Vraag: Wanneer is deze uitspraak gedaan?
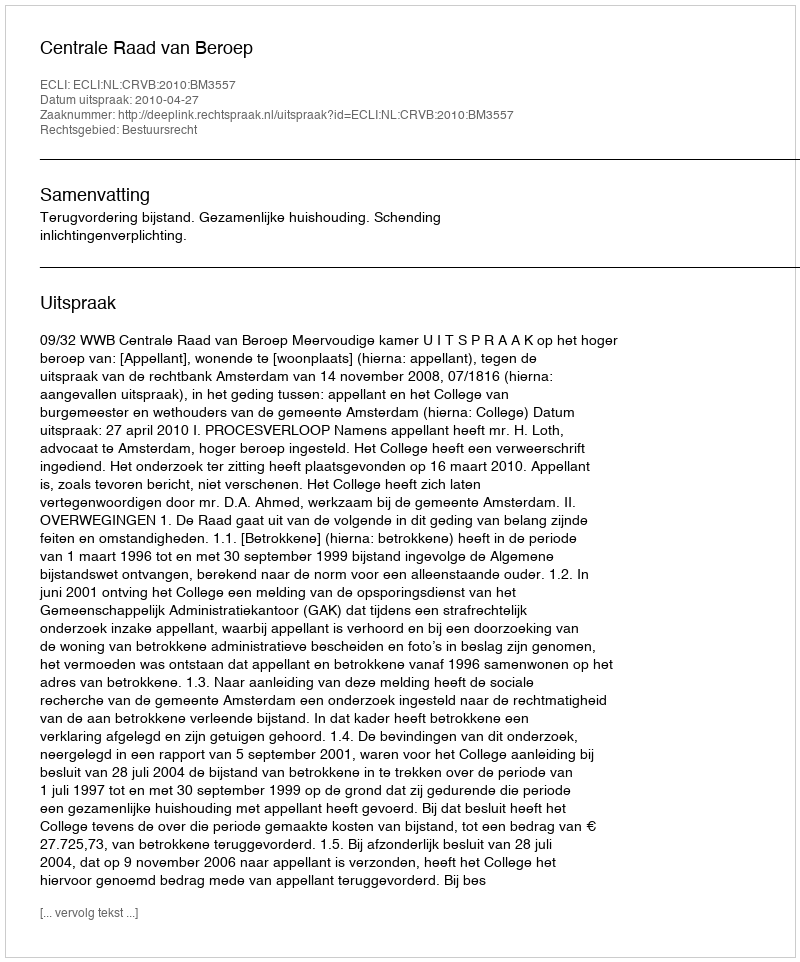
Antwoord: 2010-04-27